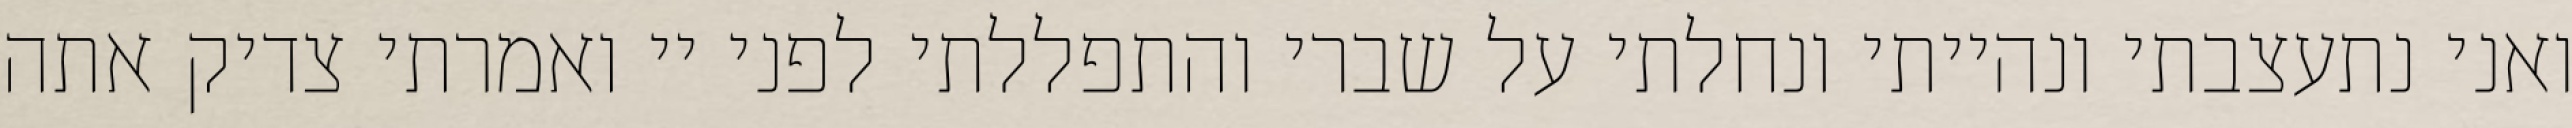
ואני נתעצבתי ונהייתי ונחלתי על שברי והתפללתי לפני יי ואמרתי צדיק אתה